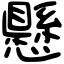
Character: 懸